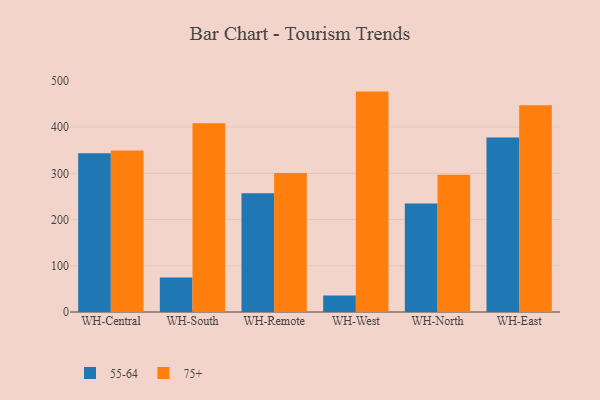
{"axis": {"x": "Warehouse", "y": "Revenue (USD Million)"}, "legend": ["55-64", "75+"], "data": [{"x": "WH-Central", "y": 343.6, "type": "55-64"}, {"x": "WH-Central", "y": 349.5, "type": "75+"}, {"x": "WH-South", "y": 74.6, "type": "55-64"}, {"x": "WH-South", "y": 408.2, "type": "75+"}, {"x": "WH-Remote", "y": 256.9, "type": "55-64"}, {"x": "WH-Remote", "y": 300.5, "type": "75+"}, {"x": "WH-West", "y": 35.6, "type": "55-64"}, {"x": "WH-West", "y": 476.8, "type": "75+"}, {"x": "WH-North", "y": 234.8, "type": "55-64"}, {"x": "WH-North", "y": 296.8, "type": "75+"}, {"x": "WH-East", "y": 377.3, "type": "55-64"}, {"x": "WH-East", "y": 447.4, "type": "75+"}]}